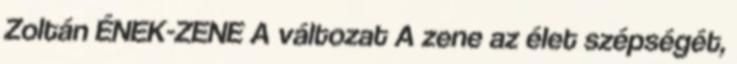
Zoltán ÉNEK-ZENE A változat A zene az élet szépségét,